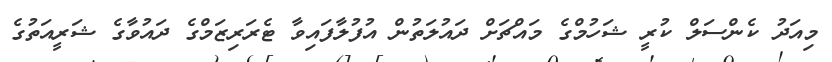
މިއަދު ކެންސަލް ކުރީ ޝަހުމްގެ މައްޗަށް ދައުލަތުން އުފުލާފައިވާ ޓެރަރިޒަމްގެ ދައުވާގެ ޝަރީއަތުގެ